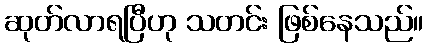
ဆုတ်လာရပြီဟု သတင်း ဖြစ်နေသည်။